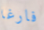
فارغا